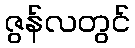
ဇွန်လတွင်